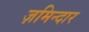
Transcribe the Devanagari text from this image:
ज़मिन्दार